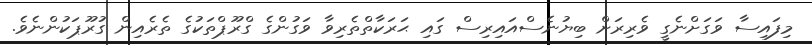
މިފައިސާ ވަގަށްނެގީ ވެރިރަށް ބިޔުނެސްއައިރިސް ގައި ޙަރަކާތްތެރިވާ ވަގުންގެ ގްރޫޕްތަކުގެ ތެރެއިން ގުރޫޕަކުންނެވެ.